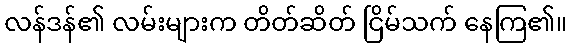
လန်ဒန်၏ လမ်းများက တိတ်ဆိတ် ငြိမ်သက် နေကြ၏။